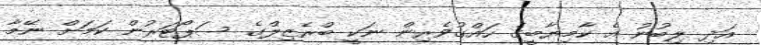
އަދި ލިބުނު އެ ކާމިޔާބީގެ ހައްގުވެރިން ނަކީ ބްރެޒިލްގެ ސަޕޯޓަރުން ކަމަށް ނޭމާ